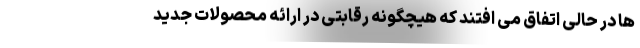
ها در حالی اتفاق می افتند که هیچگونه رقابتی در ارائه محصولات جدید